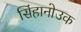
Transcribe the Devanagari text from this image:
सिंहानोउक